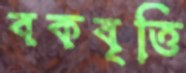
বকবৃত্তি